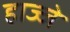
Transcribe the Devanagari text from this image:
हाज्जे